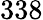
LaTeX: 338